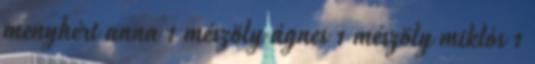
menyhért anna 1 mészöly ágnes 1 mészöly miklós 1